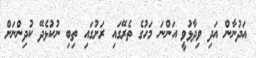
އަދުނާން އަދި ވިދާޅުވީ އަންނަ މަހުގެ ތެރޭގައި ރަށުގައި ތިބި ނުކުޅެދޭ ކުދިންނަށް